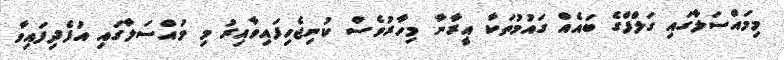
މިމައްސަލާގައި ގަލްފްގެ ބައެއް ގައުމުތަކާ އީރާނާ މިހާރުވެސް ކުނިޖެހިފައިވާއިރު މި މައްސަލާގައި އުފެދިފައިވާ